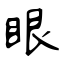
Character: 眼